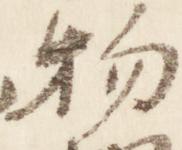
物